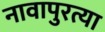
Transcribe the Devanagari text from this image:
नावापुरत्या